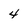
Character: 4